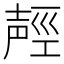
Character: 𰋌